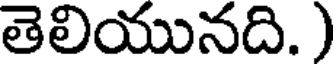
తెలియునది.)